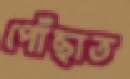
পোঁছাত